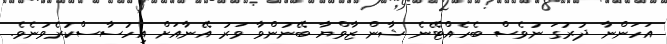
އަހަންނާ ދުރުގަ ނުވެސް ބެހެއްޓޭނެ ޝާން ޒާވްޔާ ބޭނުންވާ ވަރު އޭނާއަށް އިހުސާސްކުރެވުނެވެ.